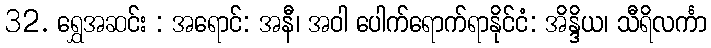
32. ရွှေအဆင်း : အရောင်: အနီ၊ အဝါ ပေါက်ရောက်ရာနိုင်ငံ: အိန္ဒိယ၊ သီရိလင်္ကာ